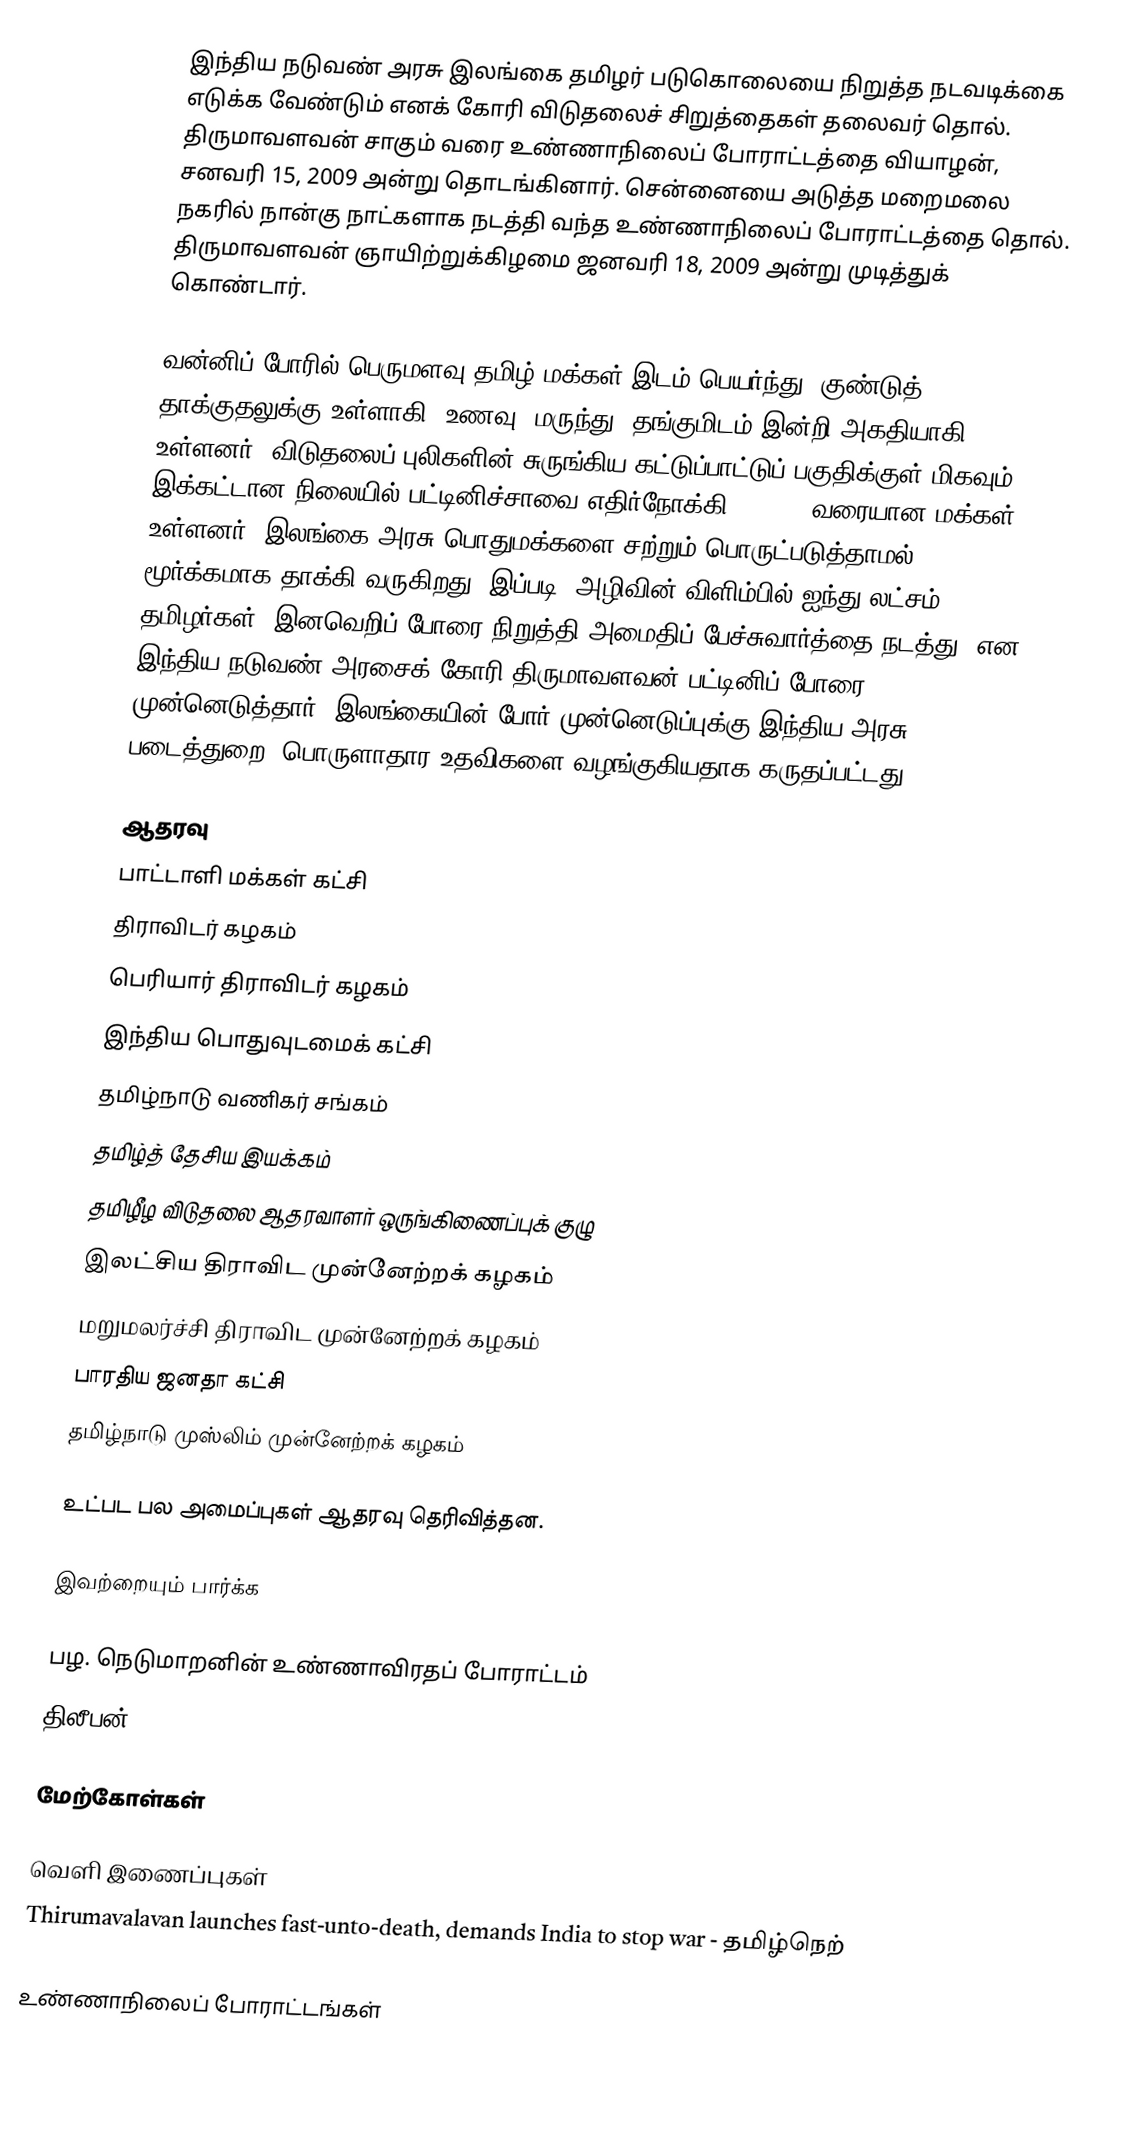
இந்திய நடுவண் அரசு இலங்கை தமிழர் படுகொலையை நிறுத்த நடவடிக்கை எடுக்க வேண்டும் எனக் கோரி விடுதலைச் சிறுத்தைகள் தலைவர் தொல். திருமாவளவன் சாகும் வரை உண்ணாநிலைப் போராட்டத்தை வியாழன், சனவரி 15, 2009 அன்று தொடங்கினார். சென்னையை அடுத்த மறைமலை நகரில் நான்கு நாட்களாக நடத்தி வந்த உண்ணாநிலைப் போராட்டத்தை தொல். திருமாவளவன் ஞாயிற்றுக்கிழமை ஜனவரி 18, 2009 அன்று முடித்துக் கொண்டார்.

வன்னிப் போரில் பெருமளவு தமிழ் மக்கள் இடம் பெயர்ந்து, குண்டுத் தாக்குதலுக்கு உள்ளாகி, உணவு, மருந்து, தங்குமிடம் இன்றி அகதியாகி உள்ளனர். விடுதலைப் புலிகளின் சுருங்கிய கட்டுப்பாட்டுப் பகுதிக்குள் மிகவும் இக்கட்டான நிலையில் பட்டினிச்சாவை எதிர்நோக்கி 300 000 வரையான மக்கள் உள்ளனர். இலங்கை அரசு பொதுமக்களை சற்றும் பொருட்படுத்தாமல் மூர்க்கமாக தாக்கி வருகிறது. இப்படி "அழிவின் விளிம்பில் ஐந்து லட்சம் தமிழர்கள். இனவெறிப் போரை நிறுத்தி அமைதிப் பேச்சுவார்த்தை நடத்து" என இந்திய நடுவண் அரசைக் கோரி திருமாவளவன் பட்டினிப் போரை முன்னெடுத்தார். இலங்கையின் போர் முன்னெடுப்புக்கு இந்திய அரசு படைத்துறை, பொருளாதார உதவிகளை வழங்குகியதாக கருதப்பட்டது.

ஆதரவு
 பாட்டாளி மக்கள் கட்சி
 திராவிடர் கழகம்
 பெரியார் திராவிடர் கழகம்
 இந்திய பொதுவுடமைக் கட்சி
 தமிழ்நாடு வணிகர் சங்கம்
 தமிழ்த் தேசிய இயக்கம்
 தமிழீழ விடுதலை ஆதரவாளர் ஒருங்கிணைப்புக் குழு
 இலட்சிய திராவிட முன்னேற்றக் கழகம்
 மறுமலர்ச்சி திராவிட முன்னேற்றக் கழகம்
 பாரதிய ஜனதா கட்சி
 தமிழ்நாடு முஸ்லிம் முன்னேற்றக் கழகம்

உட்பட பல அமைப்புகள் ஆதரவு தெரிவித்தன.

இவற்றையும் பார்க்க

 பழ. நெடுமாறனின் உண்ணாவிரதப் போராட்டம்
 திலீபன்

மேற்கோள்கள்

வெளி இணைப்புகள்
 Thirumavalavan launches fast-unto-death, demands India to stop war - தமிழ்நெற்

உண்ணாநிலைப் போராட்டங்கள்